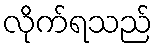
လိုက်ရသည်